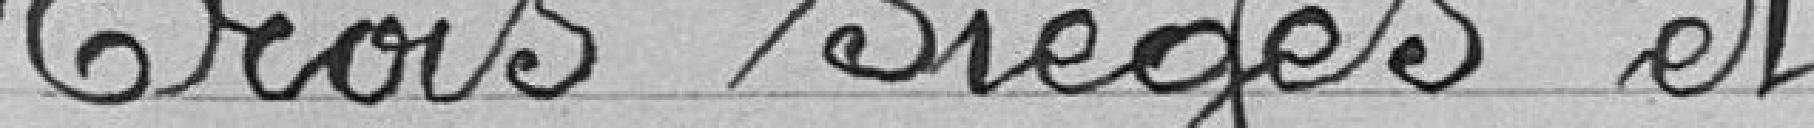
"Trois sièges" et